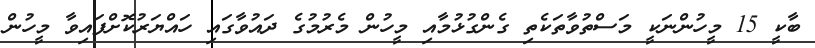
ބާކީ 15 މީހުންނަކީ މަސްތުވާތަކެތި ގެންގުޅުމާއި މީހުން މެރުމުގެ ދައުވާގައި ހައްޔަރުކޮށްފައިވާ މީހުން